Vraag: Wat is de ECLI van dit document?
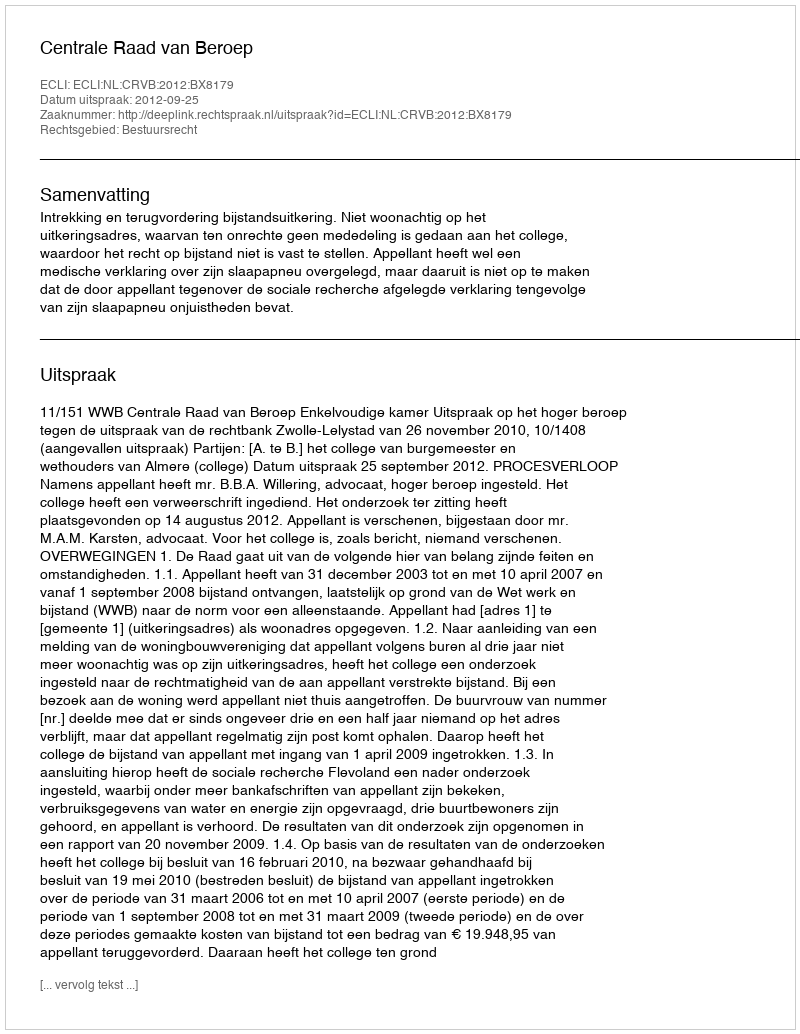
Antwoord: ECLI:NL:CRVB:2012:BX8179